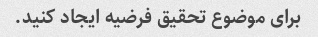
برای موضوع تحقیق فرضیه ایجاد کنید.